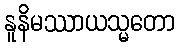
နူနိမဿာယသ္မတော